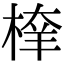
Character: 𣖂